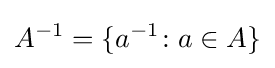
A^{-1}=\{a^{-1}\!:a\in A\}